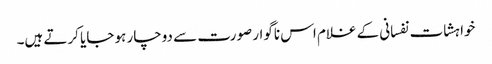
خواہشات نفسانی کے غلام اس ناگوار صورت سے دوچار ہو جایا کرتے ہیں۔